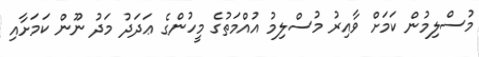
މުސްލިމުން ކަމަށް ވާއިރު މުސްލިމު އުއްމަތުގެ މީހުންގެ ޢަދަދު މަދު ނޫން ކަމަށާއި